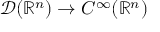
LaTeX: { \mathcal { D } } ( \mathbb { R } ^ { n } ) \to C ^ { \infty } ( \mathbb { R } ^ { n } )